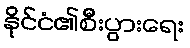
နိုင်ငံ၏စီးပွားရေး